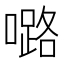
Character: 𡀔